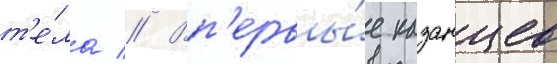
т'е́ла // Вп'ервы́е казанцев